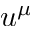
u ^ { \mu }